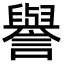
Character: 譽